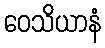
ဝေသိယာနံ